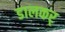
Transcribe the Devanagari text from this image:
डालकर्